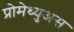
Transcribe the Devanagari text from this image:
प्रोमेथ्युअस